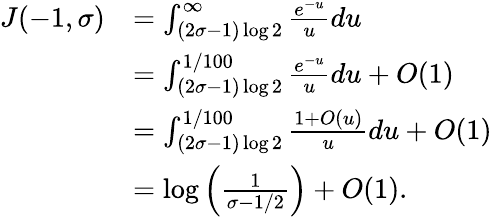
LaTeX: \begin{array}{rl}{J(-1,\sigma)}&{=\int_{(2\sigma-1)\log 2}^{\infty}\frac{e^{-u}}{u}du}\\ &{=\int_{(2\sigma-1)\log 2}^{1/100}\frac{e^{-u}}{u}du+O(1)}\\ &{=\int_{(2\sigma-1)\log 2}^{1/100}\frac{1+O(u)}{u}du+O(1)}\\ &{=\log\left(\frac{1}{\sigma-1/2}\right)+O(1).}\end{array}